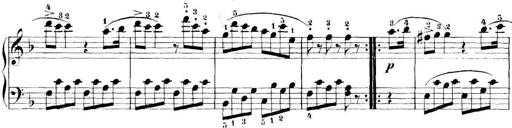
Title: 11 Sonatinas
Composer: Anton Diabelli